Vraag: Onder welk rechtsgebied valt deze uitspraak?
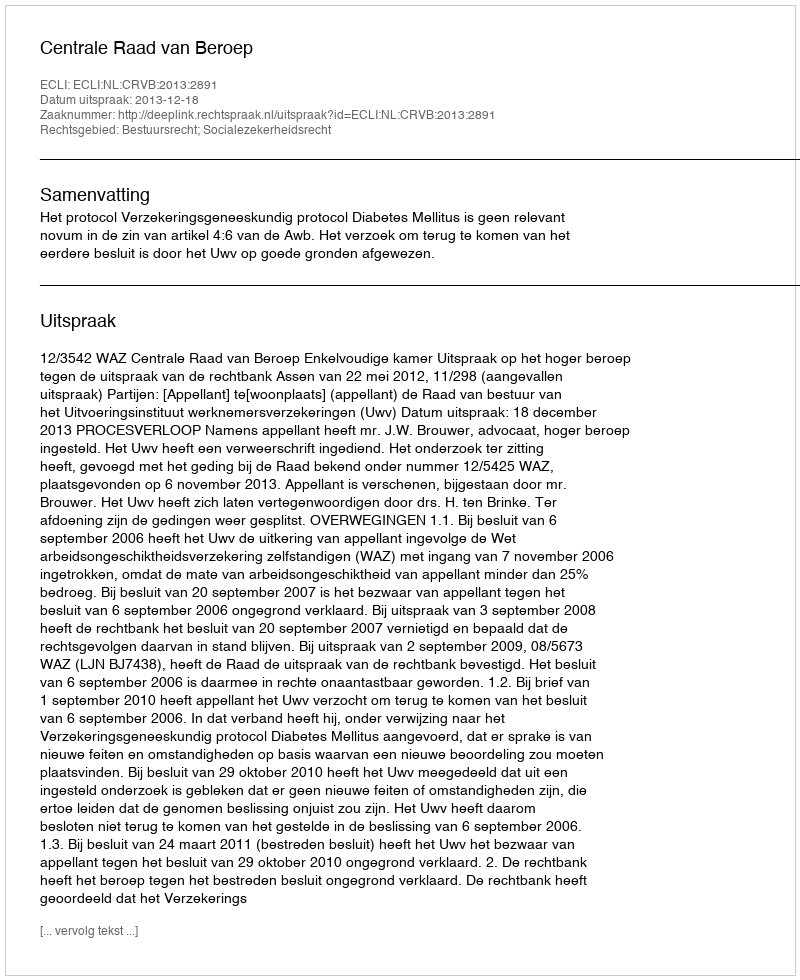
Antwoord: Bestuursrecht; Socialezekerheidsrecht